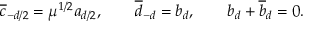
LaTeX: { \overline { { c } } } _ { - d / 2 } = \mu ^ { 1 / 2 } a _ { d / 2 } , \qquad { \overline { { d } } } _ { - d } = b _ { d } , \qquad b _ { d } + { \overline { { b } } _ { d } } = 0 .